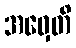
အဝှေတိ